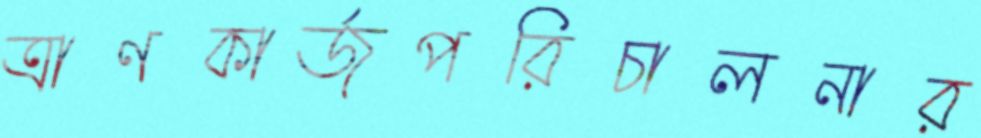
ত্রাণকার্জপরিচালনার